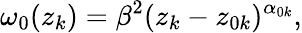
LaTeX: \omega_{0}(z_{k})=\beta^{2}(z_{k}-z_{0k})^{\alpha_{0k}},